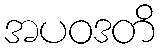
အပဝဒတိ